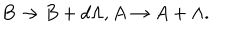
B \rightarrow B + d \Lambda , A \rightarrow A + \Lambda .